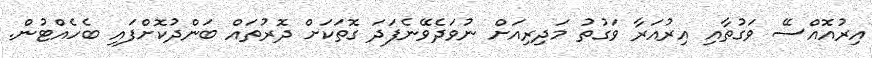
އިރުއޮއްސޭ ވަގުތާއި އިރުއަރާ ވަގުތު މަދިރިއަށް ނުވަދެވޭނެފަދަ ގޮތަކަށް ދޮރުތައް ބަންދުކޮށްފައި ބެހެއްޓުން.